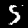
Digit: 5